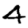
Digit: 4